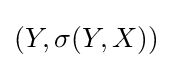
(Y,\sigma (Y,X))